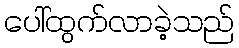
ပေါ်ထွက်လာခဲ့သည်